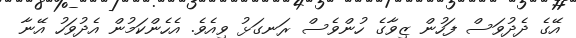
އޭގެ ދެދުވަސް ފަހުން ޒިވާގެ ހުންވެސް ރަނގަޅު ވިއެވެ. އެހެންކަމުން އެދުވަހު އޭނާ